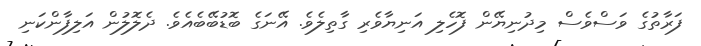
ފަރާތުގެ ވަސްވެސް މިދުނިޔޭން ފޮހެލި އަނިޔާވެރި ގާތިލެވެ. އޭނަގެ ބޮޑުބޭބެއެވެ. ދެލޮލުުން އަލިފާންކަނި